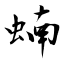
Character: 蝻